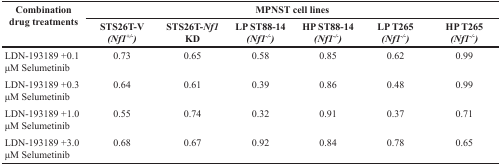
<table><thead><tr><td rowspan="2"><b>Combination drug treatments</b></td><td colspan="6"><b>MPNST cell lines</b></td></tr><tr><td><b>STS26T-V <i>(Nf1<sup>+/−</sup>)</i></b></td><td><b>STS26T-<i>Nf1</i> KD</b></td><td><b>LP ST88-14 <i>(Nf1<sup>−/−</sup>)</i></b></td><td><b>HP ST88-14 <i>(Nf1<sup>−/−</sup>)</i></b></td><td><b>LP T265 <i>(Nf1<sup>−/−</sup>)</i></b></td><td><b>HP T265 <i>(Nf1<sup>−/−</sup>)</i></b></td></tr></thead><tbody><tr><td>LDN-193189 +0.1 μM Selumetinib</td><td>0.73</td><td>0.65</td><td>0.58</td><td>0.85</td><td>0.62</td><td>0.99</td></tr><tr><td>LDN-193189 +0.3 μM Selumetinib</td><td>0.64</td><td>0.61</td><td>0.39</td><td>0.86</td><td>0.48</td><td>0.99</td></tr><tr><td>LDN-193189 +1.0 μM Selumetinib</td><td>0.55</td><td>0.74</td><td>0.32</td><td>0.91</td><td>0.37</td><td>0.71</td></tr><tr><td>LDN-193189 +3.0 μM Selumetinib</td><td>0.68</td><td>0.67</td><td>0.92</td><td>0.84</td><td>0.78</td><td>0.65</td></tr></tbody></table>